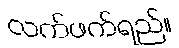
လက်ဖက်ရည်။